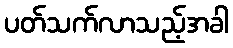
ပတ်သက်လာသည့်အခါ